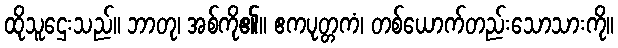
ထိုသူဌေးသည်။ ဘာတု၊ အစ်ကို၏။ ဧကပုတ္တကံ၊ တစ်ယောက်တည်းသောသားကို။